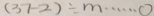
( 3 7 - 2 ) \div m \cdots 0